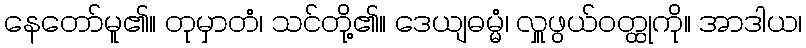
နေတော်မူ၏။ တုမှာတံ၊ သင်တို့၏။ ဒေယျဓမ္မံ၊ လှူဖွယ်ဝတ္ထုကို။ အာဒါယ၊